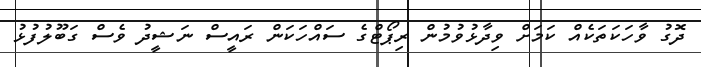
ދޮގު ވާހަކަތަކެއް ކަމަށް ވިދާޅުވުމުން ރިޕޯޓްގެ ސައްހަކަން ރައީސް ނަޝީދު ވެސް ގަބޫލުފުޅު